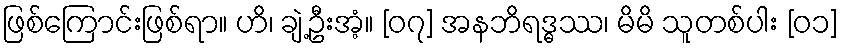
ဖြစ်ကြောင်းဖြစ်ရာ။ ဟိ၊ ချဲ့ဦးအံ့။ [၀၇] အနဘိရဒ္ဓဿ၊ မိမိ သူတစ်ပါး [၀၁]